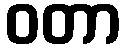
ဝတာ